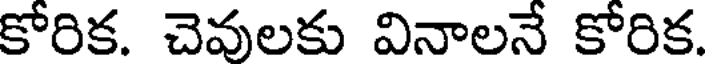
కోరిక. చెవులకు వినాలనే కోరిక.